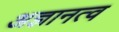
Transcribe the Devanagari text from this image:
अज्ञानत्व